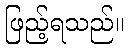
ဖြည့်ရသည်။